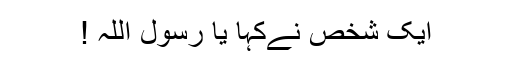
ایک شخص نےکہا یا رسول اللہ !